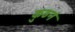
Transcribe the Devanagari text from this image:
कुठनं